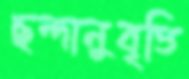
ছন্দানুবৃত্তি